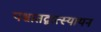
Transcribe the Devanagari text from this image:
पश्चातद्वात्स्यायन